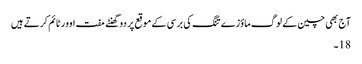
آج بھی چین کے لوگ ماؤزے تنگ کی برسی کے موقع پر دو گھنٹے مفت اوور ٹائم کرتے ہیں
18۔